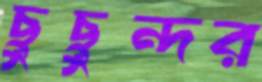
ছুছুন্দর